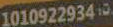
10109229349